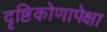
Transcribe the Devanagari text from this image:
दृष्टिकोणापेक्षा